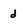
Character: d